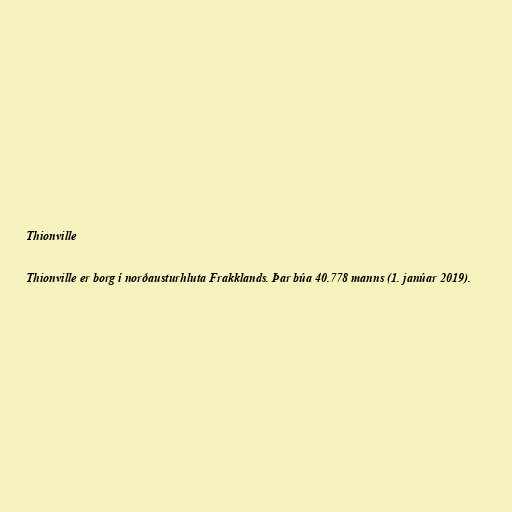
Thionville

Thionville er borg í norðausturhluta Frakklands. Þar búa 40.778 manns (1. janúar 2019).